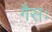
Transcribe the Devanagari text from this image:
गैसः